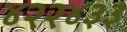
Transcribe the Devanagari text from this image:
४२२४३३